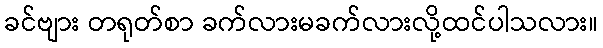
ခင်ဗျား တရုတ်စာ ခက်လားမခက်လားလို့ထင်ပါသလား။